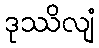
ဒုဿိလျံ